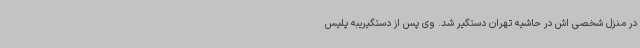
در منزل شخصی اش در حاشیه تهران دستگیر شد. وی پس از دستگیریبه پلیس